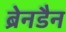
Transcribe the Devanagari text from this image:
ब्रेनडैन